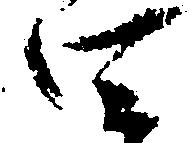
四